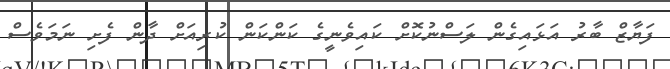
ފަޔާޒް ބާރު އަޅައިގެން ލަސްނުކޮށް ކައިވެނީގެ ކަންކަން ކުރިއަށް ދާން ފެށި ނަމަވެސް